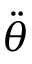
\ddot { \theta }